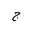
Letter: _gim